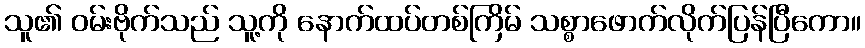
သူ၏ ဝမ်းဗိုက်သည် သူ့ကို နောက်ထပ်တစ်ကြိမ် သစ္စာဖောက်လိုက်ပြန်ပြီကော။